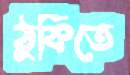
ঠুকিতে